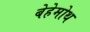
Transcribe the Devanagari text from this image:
बेहेमोथ